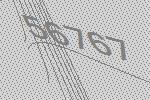
56767